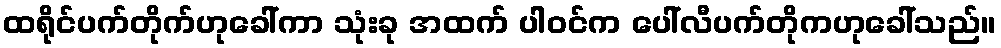
ထရိုင်ပက်တိုက်ဟုခေါ်ကာ သုံးခု အထက် ပါဝင်က ပေါ်လီပက်တိုကဟုခေါ်သည်။